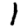
Digit: 1